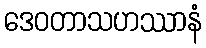
ဒေဝတာသဟဿာနံ